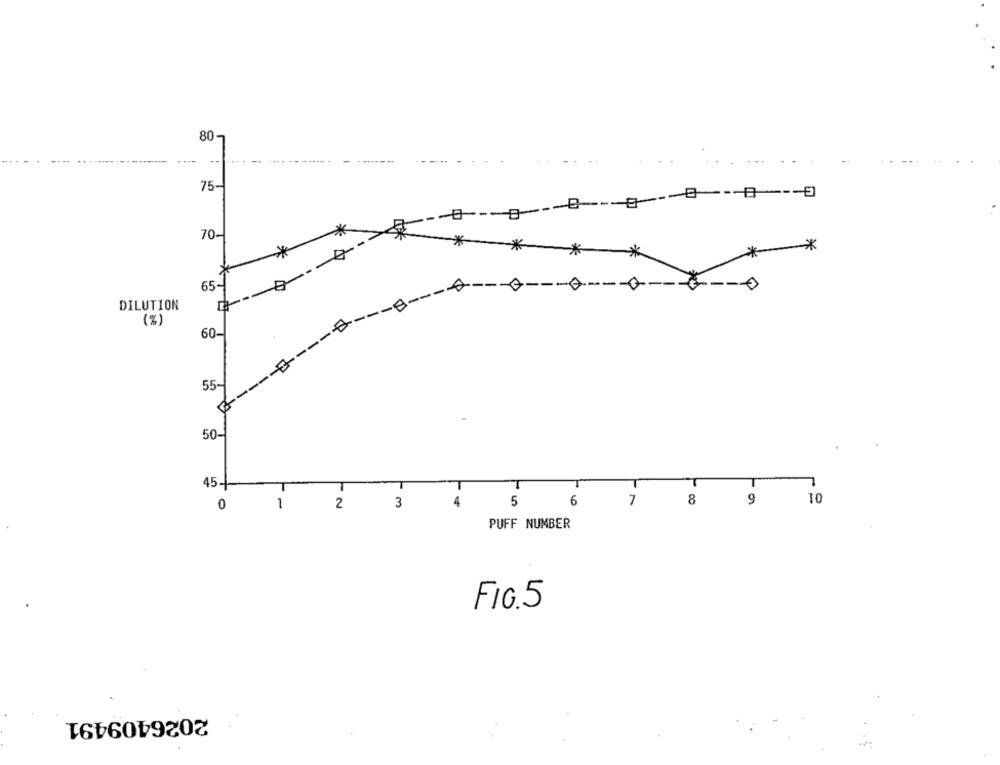
80
..
75-
----- g ---------------- 0
70-
****
---
65-
DILUTION
(%)
60.
55-
50-
T
T
T
45-1
T
T
T
10
0
1
2
3
4
5
6
7
8
9
PUFF NUMBER
FIG.5
2026409491